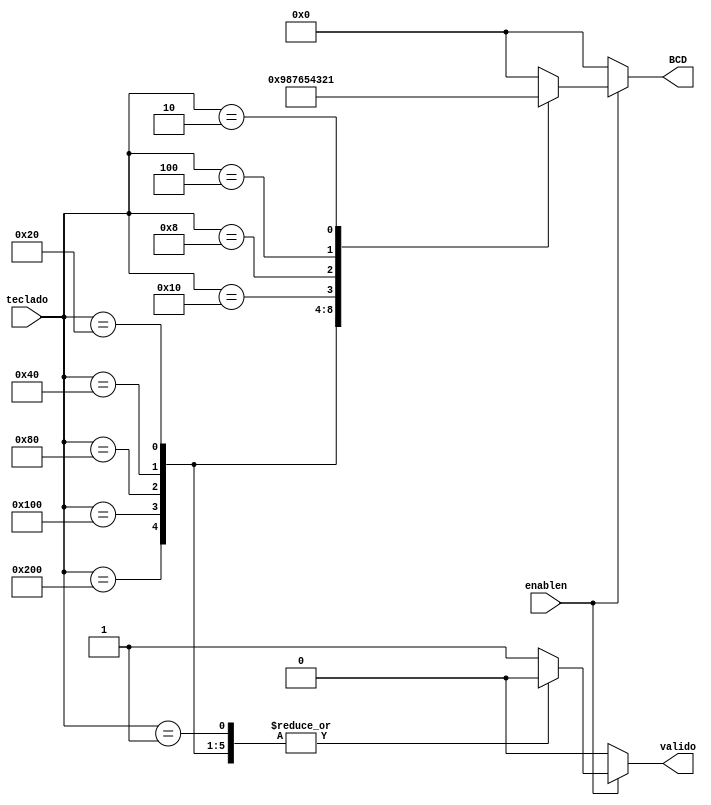
module codificador(
    input [9:0] teclado,
    input enablen,
    output reg [3:0] BCD, 
    output reg valido);

always @(teclado)
    if (!enablen) begin
        BCD = 4'b0000;
        valido = 0;
    end else begin
        case (teclado)
            10'b1000000000 : begin BCD = 4'b1001; valido = 0; end
            10'b0100000000 : begin BCD = 4'b1000; valido = 0; end
            10'b0010000000 : begin BCD = 4'b0111; valido = 0; end
            10'b0001000000 : begin BCD = 4'b0110; valido = 0; end
            10'b0000100000 : begin BCD = 4'b0101; valido = 0; end
            10'b0000010000 : begin BCD = 4'b0100; valido = 0; end
            10'b0000001000 : begin BCD = 4'b0011; valido = 0; end
            10'b0000000100 : begin BCD = 4'b0010; valido = 0; end
            10'b0000000010 : begin BCD = 4'b0001; valido = 0; end
            10'b0000000001 : begin BCD = 4'b0000; valido = 0; end
            default: begin BCD = 4'b0000; valido = 1; end
        endcase
    end
endmodule